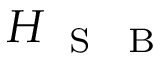
H _ { \mathrm { ~ \tiny ~ S ~ } \mathrm { ~ \tiny ~ B ~ } }